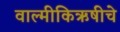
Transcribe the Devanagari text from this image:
वाल्मीकिऋषीचे